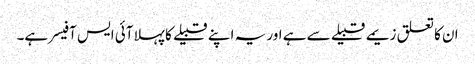
ان کا تعلق زیمے قبیلے سے ہے اور یہ اپنے قبیلے کا پہلا آئی ایس آفیسر ہے۔